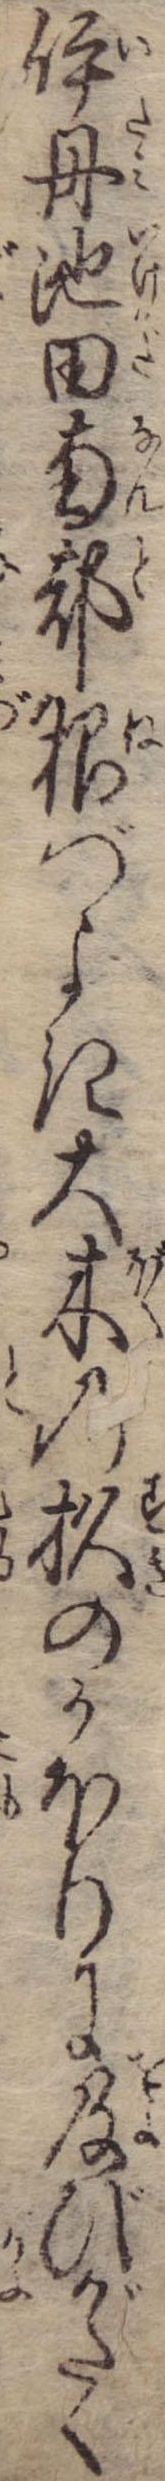
伊丹池田南都根づよき大木の杉のかほりに及びがたく